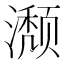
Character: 𬉏